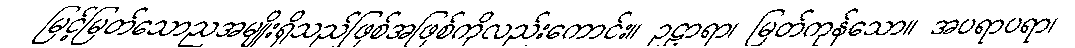
မြင့်မြတ်သောညအမျိုးရှိသည်ဖြစ်အဖြစ်ကိုလည်းကောင်း။ ဥဠာရာ၊ မြတ်ကုန်သော။ အပရာပရာ၊